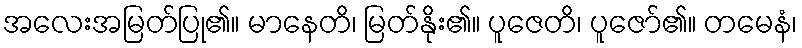
အလေးအမြတ်ပြု၏။ မာနေတိ၊ မြတ်နိုး၏။ ပူဇေတိ၊ ပူဇော်၏။ တမေနံ၊